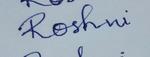
Signature authenticity: forged